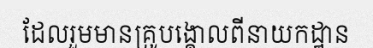
ដែលរួមមានគ្រូបង្គោលពីនាយកដ្ឋាន